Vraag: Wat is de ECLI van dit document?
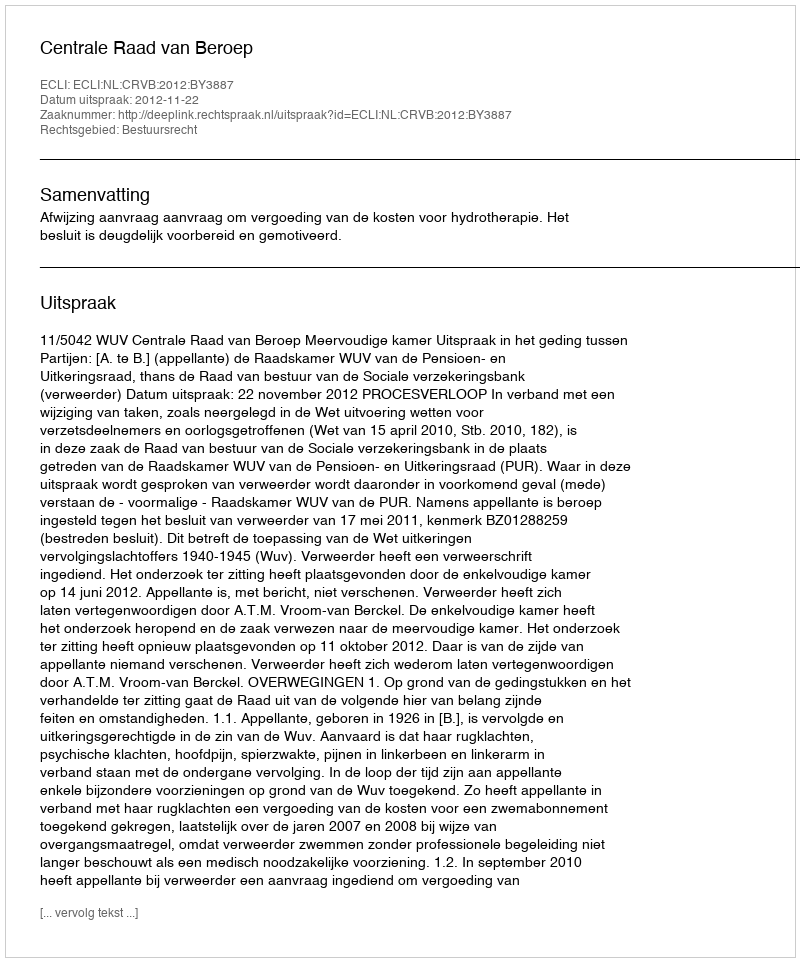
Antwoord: ECLI:NL:CRVB:2012:BY3887